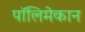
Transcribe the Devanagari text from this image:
पॉलिमेकान